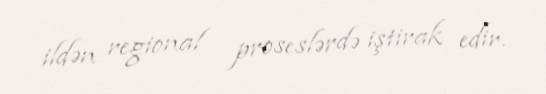
ildən regional proseslərdə iştirak edir.